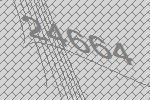
24664